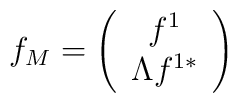
f_M= \left(\begin{array}{c}f^1\\\Lambda f^{1*}\end{array}\right)